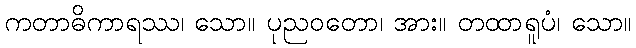
ကတာဓိကာရဿ၊ သော။ ပုညဝတော၊ အား။ တထာရူပံ၊ သော။